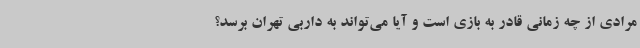
مرادی از چه زمانی قادر به بازی است و آیا می‌تواند به داربی تهران برسد؟